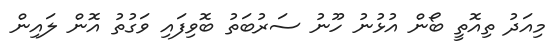
މިއަދު ތިއޮތީ ބޯން އުޅުނު ހޫނު ސަރުބަތު ބޮވިފައި ވަގުތު އޮން ލައިން